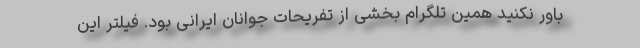
باور نکنید همین تلگرام بخشی از تفریحات جوانان ایرانی بود. فیلتر این